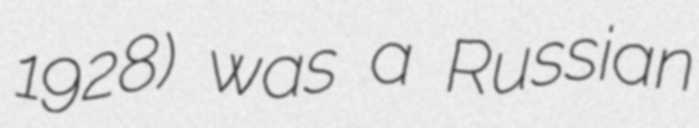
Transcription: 1928) was a Russian